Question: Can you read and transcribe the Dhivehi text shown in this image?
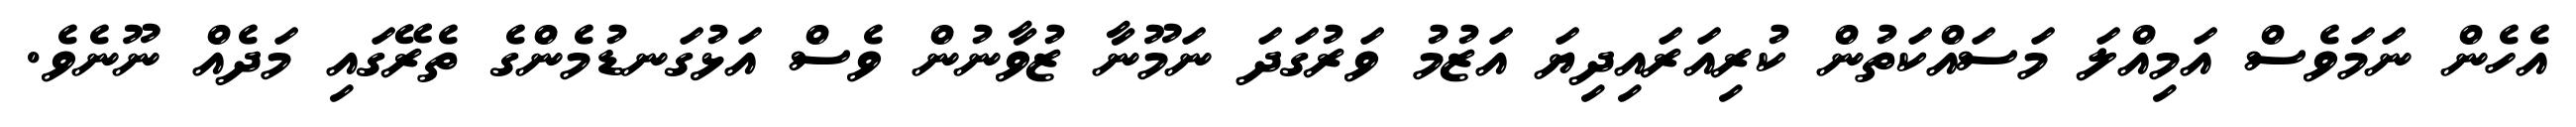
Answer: އެހެން ނަމަވެސް އަމިއްލަ މަސައްކަތުން ކުރިއަރައިދިޔަ އަޒުމު ވަރުގަދަ ނަމޫނާ ޒުވާނުން ވެސް އަޅުގަނޑުމެންގެ ތެރޭގައި މަދެއް ނޫނެވެ.